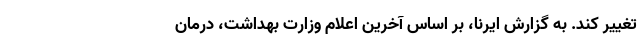
تغییر کند. به گزارش ایرنا، بر اساس آخرین اعلام وزارت بهداشت، درمان